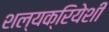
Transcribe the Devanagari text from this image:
शल्यक्रियेशी